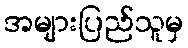
အများပြည်သူမှ